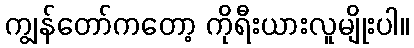
ကျွန်တော်ကတော့ ကိုရီးယားလူမျိုးပါ။